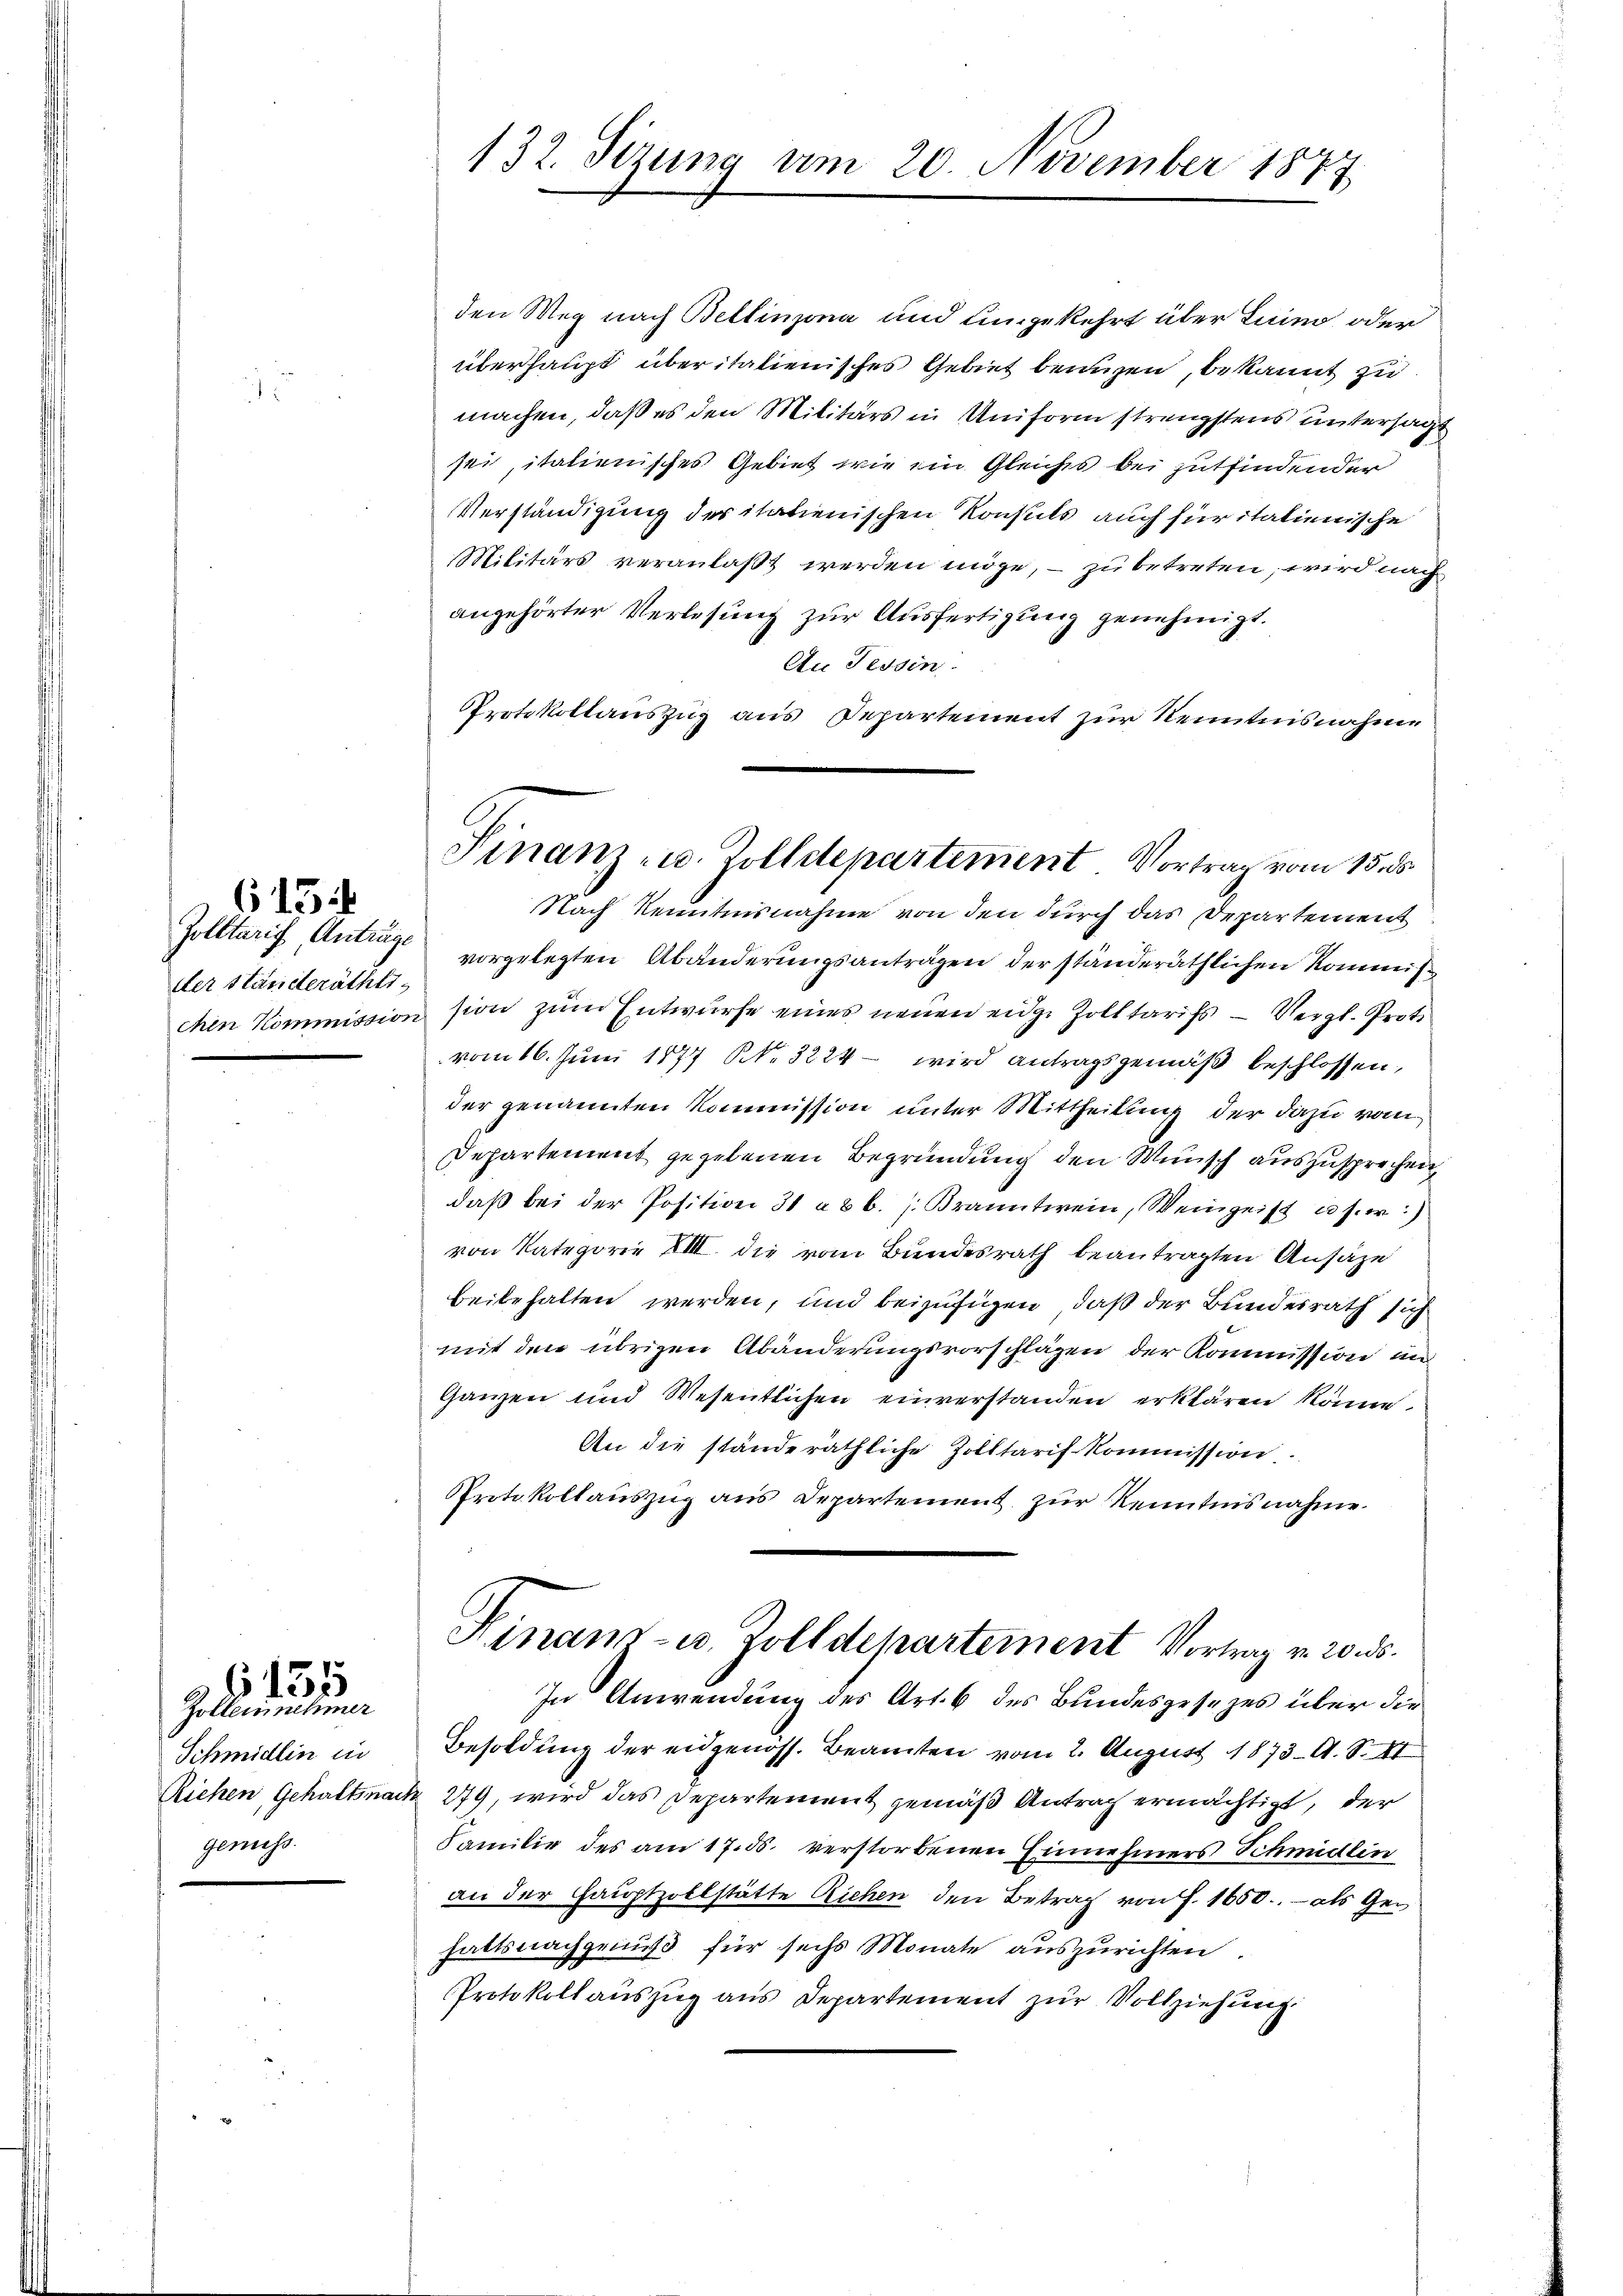
615

der Ständeräthli¬

Zollecrutiner
Schmidlin in
genuss.

6135

132. Stzung am 20. November 1877.

Finanz- u. Zolldepartement. Vortrag vom 15. ds.

den Weg nach Bellinzona und umgekehrt über Luino oder
überhaupt überitalienisches Gebiet benuzen, bekannt zu
machen, daß es den Militärs in Uniform strengstens untersagt
sei, italienisches Gebiet wie im Gleiches bei gutfindender
Verständigung der itationischen Konsuls auch für italienische
Militärs veranlaßt werden möge, – zu betreten; wird nach
angehörter Verlesung zur Ausfertigung genehmigt.
Au Tessin
Protokollauszug aus Departement zur Kenntnisnahme
Nach Kenntnisnahme von den durch das Departement
Zolltaris, Antrag vorgelegten Abänderungsanträgen der ständeräthlichen Kommischen Kommission sion zum Entwurfe eines neuen eidge Zolltarifs — Vergl. Prot
vom 16. Juni 1877 NR. 3224 - wird antragsgemäß beschlossen,
der genannten Kommission unter Mittheilung der dazu vo
Departement gegebenen Begründung den Wunsch auszusprechen,
daβ bei der Position 31 a 8 b. s. Branntwein, Weingeist u. s. w.)
von Kategorie VIII. die vom Bundesrath beantragten Ansäze
beibehalten werden, und beizufügen, daß der Bundesrath sich
mit den übrigen Abänderungsvorschlägen der Kommission und
Ganzen und Wesentlichen einverstanden erklären könne.
An die ständeräthliche Zolltarif Kommission.
Protokollauszug aus Departement zur Kenntnisnahme
Finanz- u. Zolldepartement Vortrag v. 20. ds.
In Anwendung des Art. 6 des Bundesgesezes über die
Besoldung der eidgenöss. Beamten vom 2. August 1873 A. S. II
Riehen Gehaltsnach 279, wird das Departement gemäß Antrag ermächtigt, der
Familie des am 17. ds. verstorbenen Einnehmers Schmidlin
an der Hauptzollstätte Richen den Betrag von F. 1650.- als Gehaltsnachgenuß für sechs Monate auszurichten.
Protokollauszug aus Departement zur Vollziehung